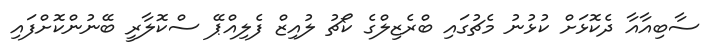
ސާބިއާއާ ދެކޮޅަށް ކުޅުނު މެޗުގައި ބްރެޒިލްގެ ކޯޗު ލުއިޒް ފެލިއްޕޭ ސްކޮލާރީ ބޭނުންކޮށްފައި